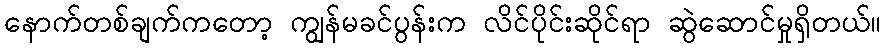
နောက်တစ်ချက်ကတော့ ကျွန်မခင်ပွန်းက လိင်ပိုင်းဆိုင်ရာ ဆွဲဆောင်မှုရှိတယ်။